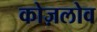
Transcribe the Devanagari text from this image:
कोज़लोव